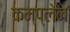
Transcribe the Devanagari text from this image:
कम्प्लेन